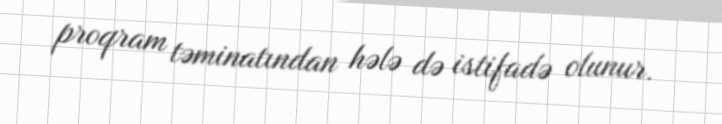
proqram təminatından hələ də istifadə olunur.